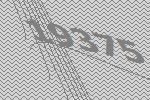
19375